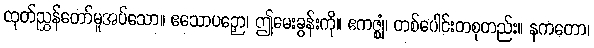
ထုတ်ညွှန်တော်မူအပ်သော။ ဧသောပဉှော၊ ဤမေးခွန်းကို။ ဧကဇ္ဈံ၊ တစ်ပေါင်းတစုတည်း။ နကတော၊